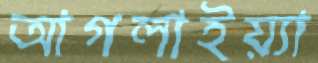
আগলাইয়্যা